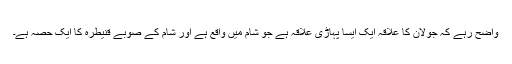
واضح رہے کہ جولان کا علاقہ ایک ایسا پہاڑی علاقہ ہے جو شام میں واقع ہے اور شام کے صوبے قنیطرہ کا ایک حصہ ہے۔